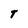
Character: t